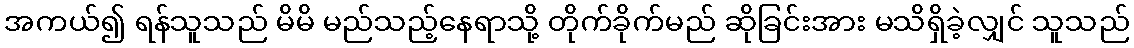
အကယ်၍ ရန်သူသည် မိမိ မည်သည့်နေရာသို့ တိုက်ခိုက်မည် ဆိုခြင်းအား မသိရှိခဲ့လျှင် သူသည်